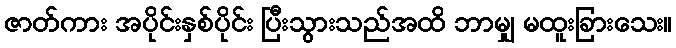
ဇာတ်ကား အပိုင်းနှစ်ပိုင်း ပြီးသွားသည်အထိ ဘာမျှ မထူးခြားသေး။